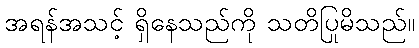
အရန်အသင့် ရှိနေသည်ကို သတိပြုမိသည်။